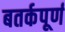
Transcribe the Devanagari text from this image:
बतर्कपूर्ण